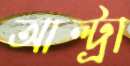
আল্ট্রা